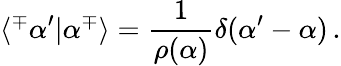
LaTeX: \langle^{\mp}\alpha^{\prime}|\alpha^{\mp}\rangle=\frac{1}{\rho(\alpha)}\delta(\alpha^{\prime}-\alpha)\, .